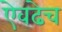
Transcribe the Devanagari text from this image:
ऐवढेच